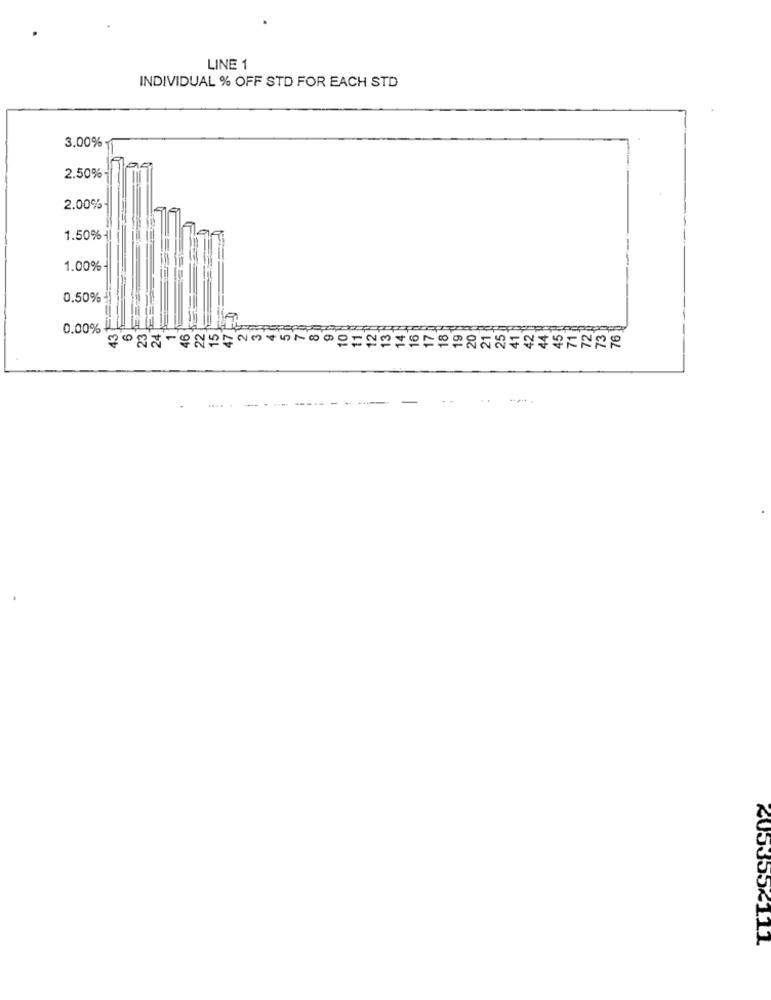
LINE 1
INDIVIDUAL % OFF STD FOR EACH STD
3.00%
2.50%
2.00%
1.50%
1.00%
0.50%
0.00%
⑆05355<111